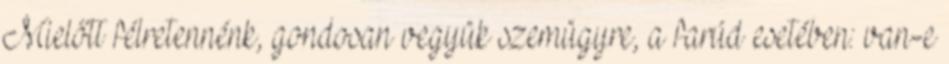
Mielőtt félretennénk, gondosan vegyük szemügyre, a farúd esetében: van-e